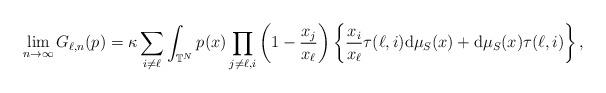
LaTeX: \begin{gather*}\lim_{n\rightarrow\infty}G_{\ell,n}(p) =\kappa\sum_{i\neq\ell}\int_{\mathbb{T}^{N}}p(x) \prod\limits_{j\neq\ell,i}\left(1-\frac{x_{j}}{x_{\ell}}\right) \left\{ \frac{x_{i}}{x_{\ell}}\tau (\ell,i) \mathrm{d}\mu_{S}(x) +\mathrm{d}\mu_{S}(x) \tau( \ell,i) \right\} ,\end{gather*}